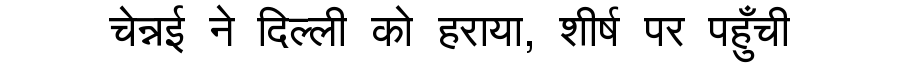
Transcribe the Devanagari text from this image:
चेन्नई ने दिल्ली को हराया, शीर्ष पर पहुँची